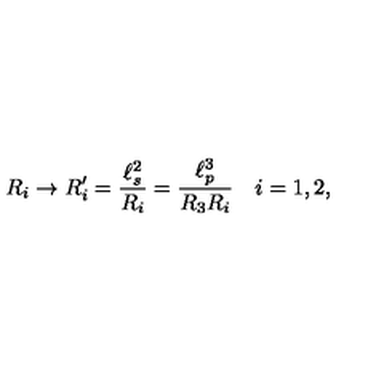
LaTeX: R _ { i } \rightarrow R _ { i } ^ { \prime } = \frac { \ell _ { s } ^ { 2 } } { R _ { i } } = \frac { \ell _ { p } ^ { 3 } } { R _ { 3 } R _ { i } } \quad i = 1 , 2 ,